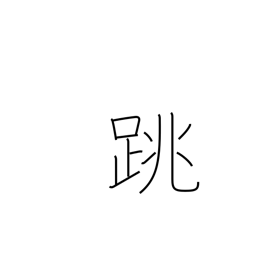
Meaning: leap up